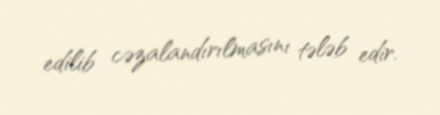
edilib cəzalandırılmasını tələb edir.